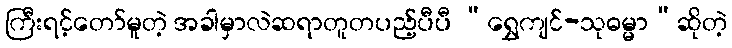
ကြီးရင့်တော်မူတဲ့ အခါမှာလဲဆရာတူတပည့်ပီပီ “ရွှေကျင်-သုဓမ္မာ”ဆိုတဲ့